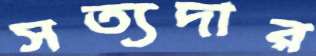
সত্যদার